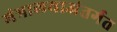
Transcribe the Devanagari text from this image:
मंत्रालयाअंतर्गत